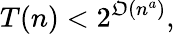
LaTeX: T(n)<2^{\mathfrak{O}(n^{a})},